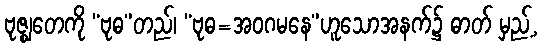
ဗုဇ္ဈတေကို “ဗုဓ”တည်၊ “ဗုဓ=အဝဂမနေ”ဟူသောအနက်၌ ဓာတ် မှည့်,